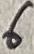
Text: 6